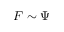
F \sim \Psi